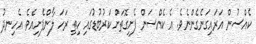
ކެއްސުން އަރައިގަނެގެންނެވެ. އެ ކެއްސަން ފެށިގޮތަށް ކަރުބުޑުގައި ހިތި ރަހަ ލާންފެށިއެވެ. އެހިނދު